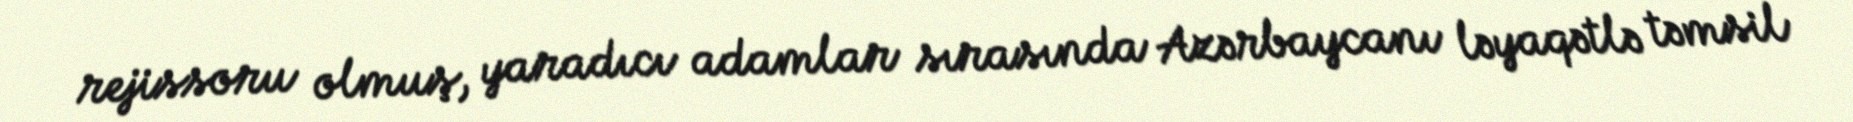
rejissoru olmuş, yaradıcı adamlar sırasında Azərbaycanı ləyaqətlə təmsil